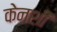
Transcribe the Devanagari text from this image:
केनशी